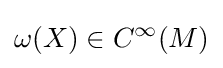
\omega (X)\in C^{\infty }(M)